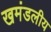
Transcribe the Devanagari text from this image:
खमंडलीय